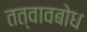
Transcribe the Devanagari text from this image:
तत्वावबोध